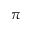
\pi